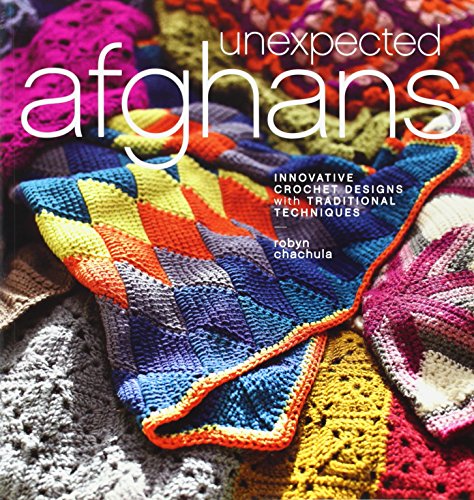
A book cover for Unexpected Afghans: Innovative Crochet Designs with Traditional Techniques; Robyn Chachula; Crafts, Hobbies & Home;